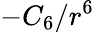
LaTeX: -C_{6}/r^{6}